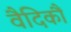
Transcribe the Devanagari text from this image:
वैदिकौं